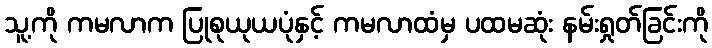
သူ့ကို ကမလာက ပြုစုယုယပုံနှင့် ကမလာထံမှ ပထမဆုံး နမ်းရှုတ်ခြင်းကို